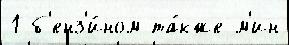
1 б'енз'и́ном та́кже м'ин